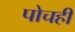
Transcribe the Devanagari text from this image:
पोचही